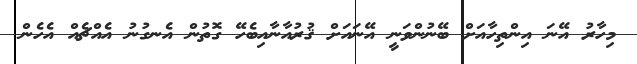
މިހާރު އޭނަ އިންތިހާއަށް ބޭނުންވަނީ އޭނައަށް ޤުރުއާނާއިބެހޭ ގޮތުން އެނގުނު އެއްޗެއް އެހެން